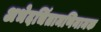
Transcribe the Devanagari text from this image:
अभेदचिंतामणिनामक